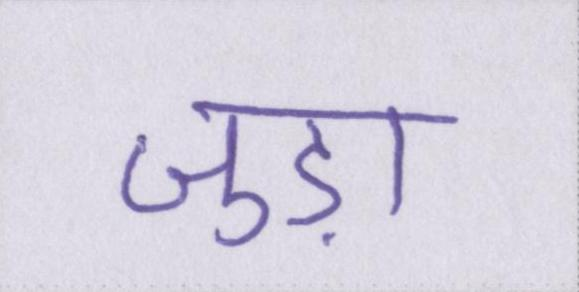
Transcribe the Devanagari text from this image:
जुड़ा